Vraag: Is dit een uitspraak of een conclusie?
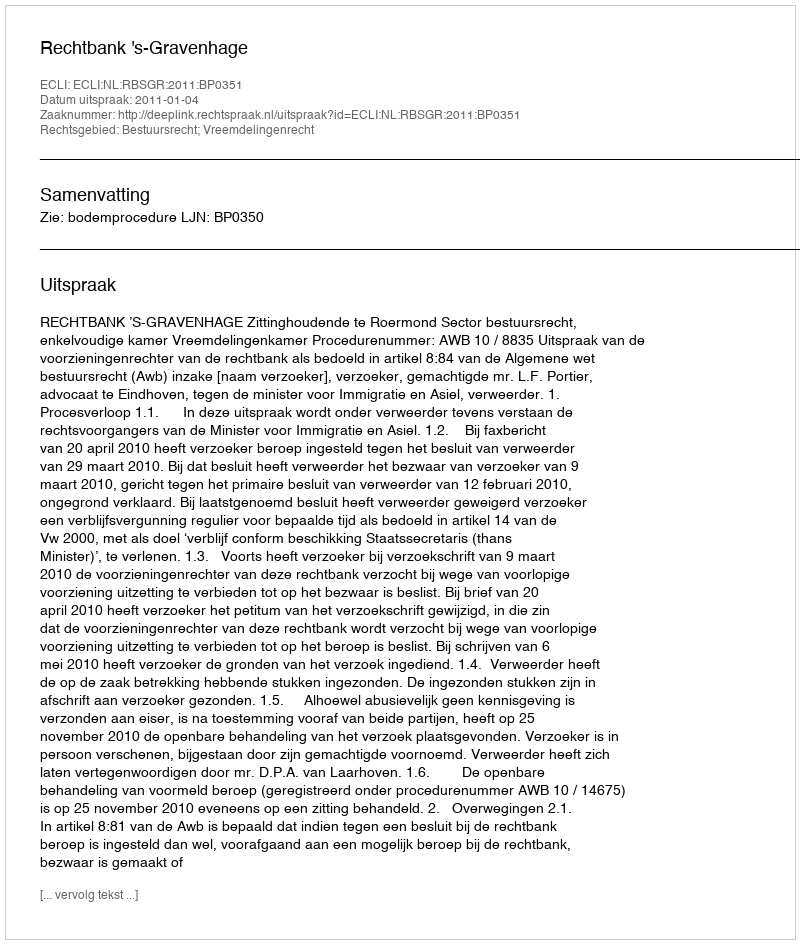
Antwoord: Uitspraak